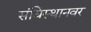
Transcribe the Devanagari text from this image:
संधिस्थानवर